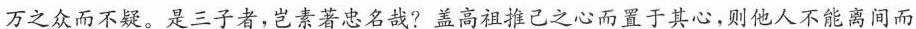
万之众而不疑。\underline{是三子者，岂素著忠名哉?盖高祖推己之心而置于其心，则他人不能离间而}